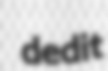
dedit